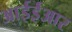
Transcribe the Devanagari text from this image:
आईईआर